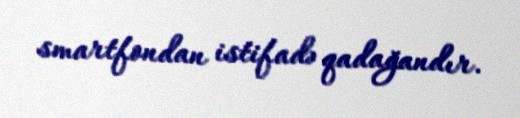
smartfondan istifadə qadağandır.